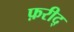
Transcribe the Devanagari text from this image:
फ़रीद्